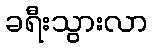
ခရီးသွားလာ